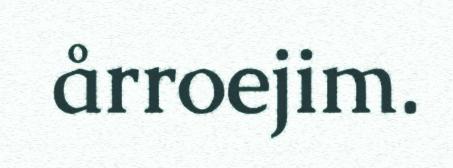
årroejim.